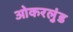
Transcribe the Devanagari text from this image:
ओकरलुंड